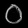
Digit: ၀